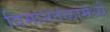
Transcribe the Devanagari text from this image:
विमानतंळामध्ये